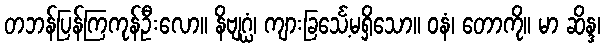
တဘန်ပြန်ကြကုန်ဦးလော။ နိဗျဂ္ဃံ၊ ကျားခြင်္သေ့မရှိသော။ ဝနံ၊ တောကို။ မာ ဆိန္ဒ၊